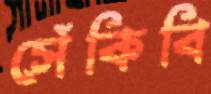
সেঁকিবি